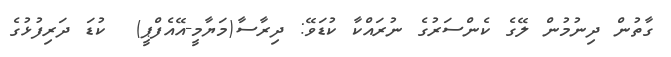
ގާތުން ދިނުމުން ލޭގެ ކެންސަރުގެ ނުރައްކާ ކުޑަވޭ: ދިރާސާ(މަޔާމީ-އޭއެފްޕީ)  ކުޑަ ދަރިފުޅުގެ